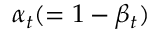
\alpha _ { t } ( = 1 - \beta _ { t } )